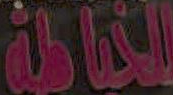
الحالة